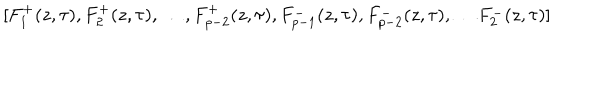
LaTeX: [ F _ { 1 } ^ { + } ( z , \tau ) , F _ { 2 } ^ { + } ( z , \tau ) , \ldots , F _ { p - 2 } ^ { + } ( z , \tau ) , F _ { p - 1 } ^ { - } ( z , \tau ) , F _ { p - 2 } ^ { - } ( z , \tau ) , \ldots F _ { 2 } ^ { - } ( z , \tau ) ]